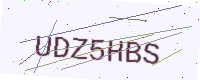
Text: UDZ5HBS